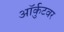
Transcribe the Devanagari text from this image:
ऑर्कुटवर